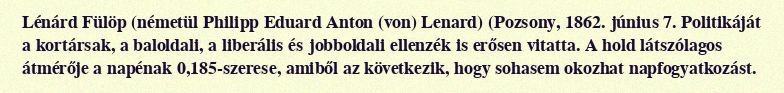
Lénárd Fülöp (németül Philipp Eduard Anton (von) Lenard) (Pozsony, 1862. június 7. Politikáját a kortársak, a baloldali, a liberális és jobboldali ellenzék is erősen vitatta. A hold látszólagos átmérője a napénak 0,185-szerese, amiből az következik, hogy sohasem okozhat napfogyatkozást.